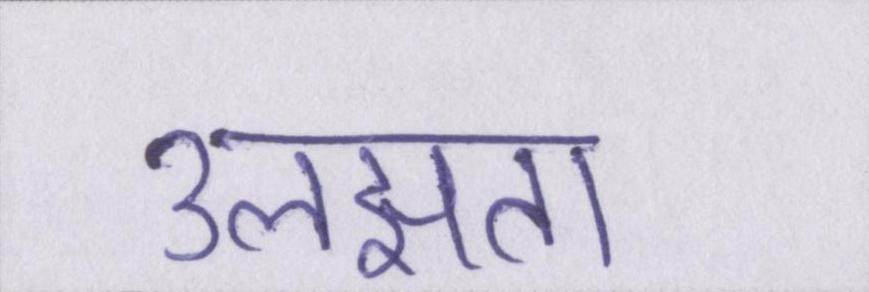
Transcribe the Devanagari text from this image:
उलझता